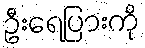
ဦးရေပြားကို